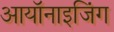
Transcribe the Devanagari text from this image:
आयॉनाइजिंग